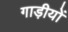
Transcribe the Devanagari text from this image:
गाड़ीयों